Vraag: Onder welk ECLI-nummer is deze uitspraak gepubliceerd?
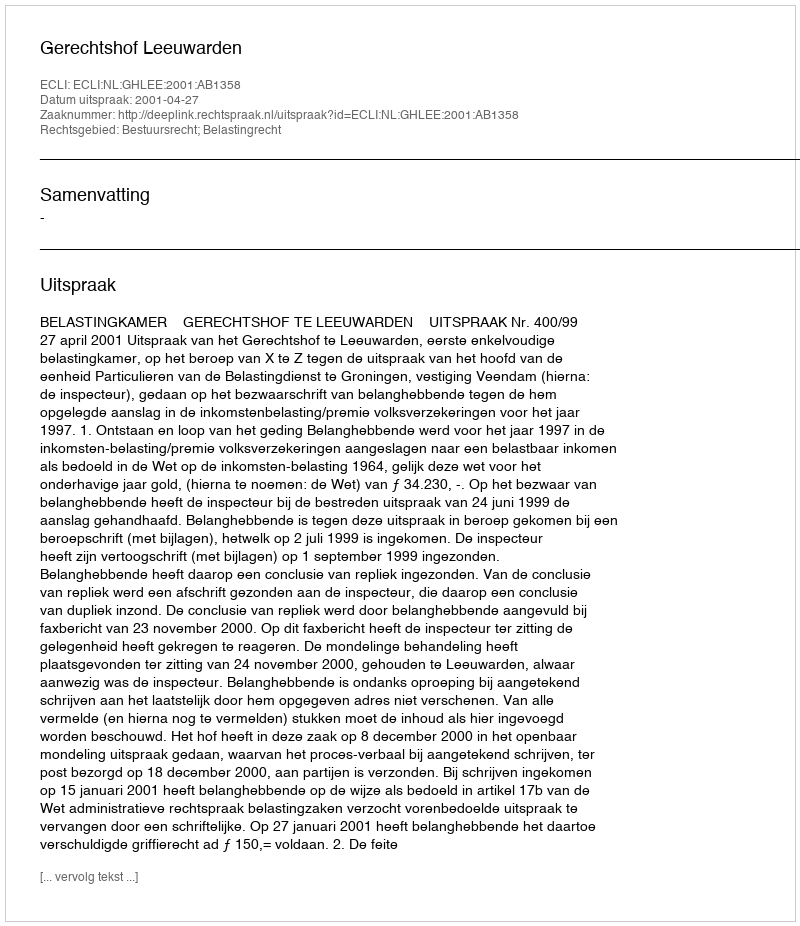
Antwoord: ECLI:NL:GHLEE:2001:AB1358